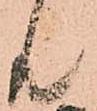
共